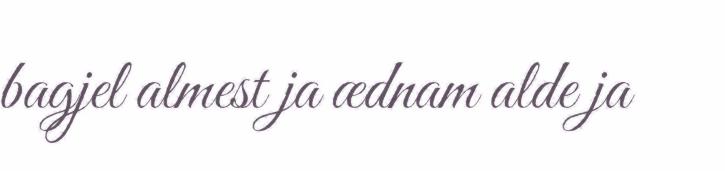
bagjel almest ja ædnam alde ja